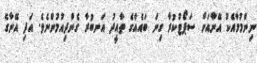
ނިންމުމާއެކު އޭނާއަށް ސަޕޯޓުކުރާ ގިނަ ބައެއްގެ ތާއީދު އަނބުރާ ގެންދިއުމުންނެވެ. އަދި އޭނާގެ